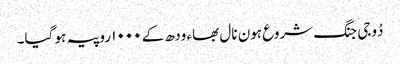
دُوجی جنگ شروع ہون نال بھاء ودھ کے ١٠٠٠ روپیہ ہو گیا۔